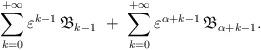
LaTeX: \begin{align*} \sum\limits_{k=0}^{+\infty} \varepsilon^{k-1} \, \mathfrak{B}_{k-1} \ + \ \sum\limits_{k=0}^{+\infty} \varepsilon^{\alpha + k -1} \, \mathfrak{B}_{\alpha + k -1}.\end{align*}